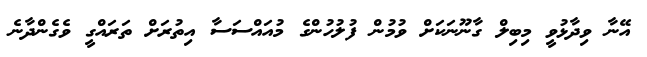
އޭނާ ވިދާޅުވީ މިބިލް ގާނޫނަކަށް ވުމުން ފުލުހުންގެ މުއައްސަސާ އިތުރަށް ތަރައްގީ ވެގެންދާނެ